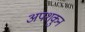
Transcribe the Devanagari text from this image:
अपशकुुन